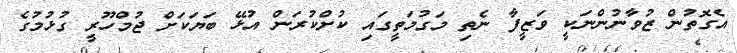
އެގޮތުން ޒުވާނުންނަކީ ވަޒީފާ ނެތި މަގުމަތީގައި ކުށްކުރަން އުޅޭ ބަޔަކަށް ޖުމްހޫރީ ގުޅުމުގެ